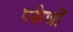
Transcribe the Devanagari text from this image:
पकेजों